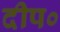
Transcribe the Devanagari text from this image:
दीप०